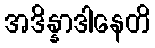
အဒိန္နာဒါနေတိ